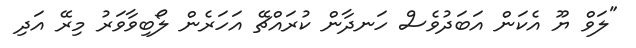
"ލަވް ޔޫ އެކަން އަބަދުވެސް ހަނދާން ކުރައްޗޭ އަހަރެން ލޯބިވާވަރު މިރޭ އަދި